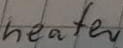
Text: heater